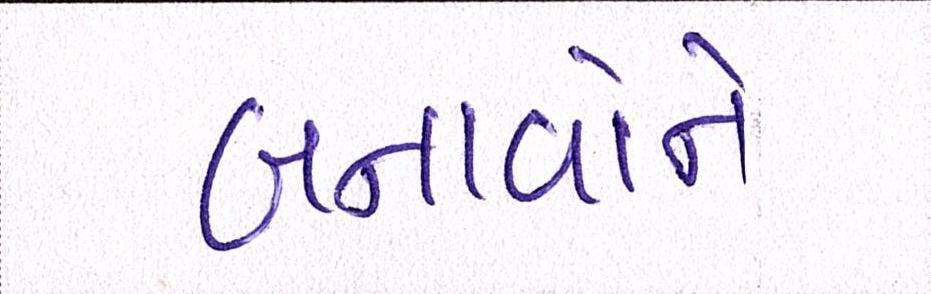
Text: બનાવોને